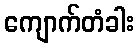
ကျောက်တံခါး